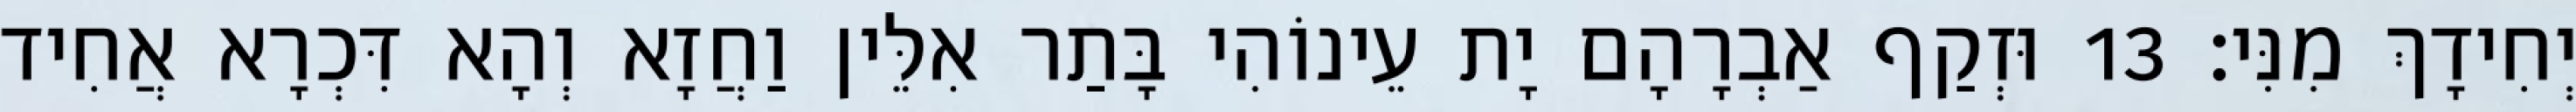
יְחִידָךְ מִנִּי׃ 13 וּזְקַף אַבְרָהָם יָת עֵינוֹהִי בָּתַר אִלֵּין וַחֲזָא וְהָא דִּכְרָא אֲחִיד